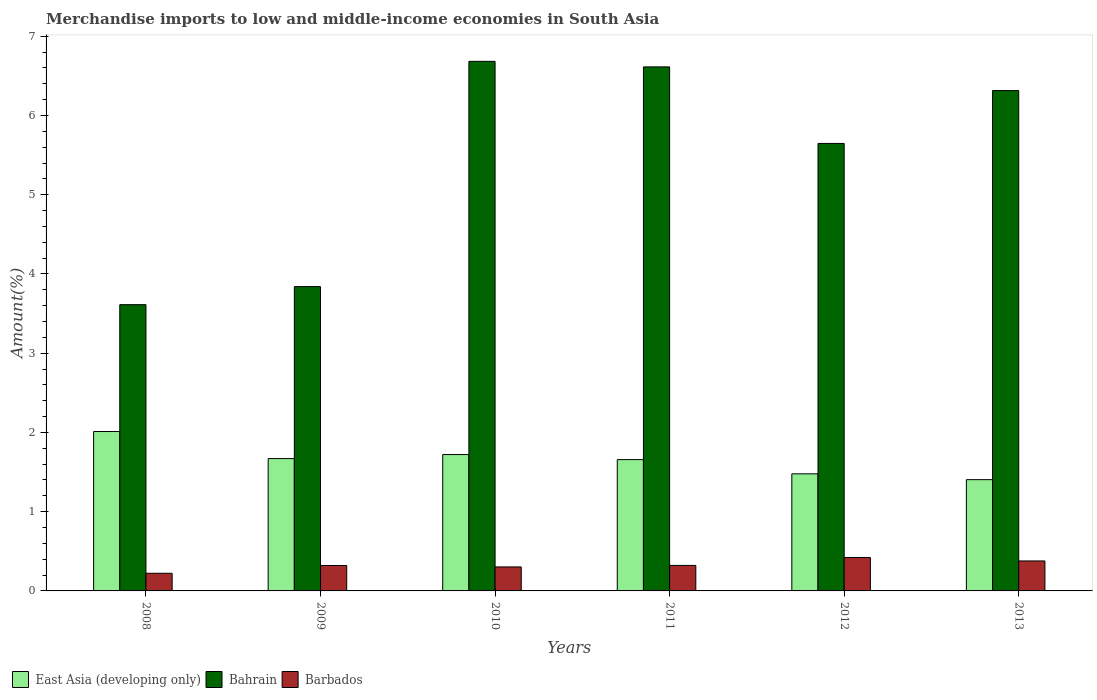
| Years | East Asia (developing only) | Bahrain | Barbados |
 | --- | --- | --- | --- |
 | 2008 | 2.01 | 3.61 | 0.223 |
 | 2009 | 1.67 | 3.84 | 0.321 |
 | 2010 | 1.72 | 6.68 | 0.303 |
 | 2011 | 1.66 | 6.61 | 0.322 |
 | 2012 | 1.48 | 5.65 | 0.422 |
 | 2013 | 1.4 | 6.31 | 0.378 |